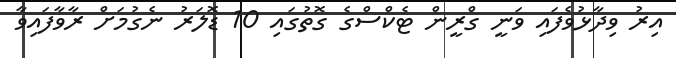
އިރު ވިދާޅުވެފައި ވަނީ ގްރީން ޓެކްސްގެ ގޮތުގައި 10 ޑޮލަރު ނެގުމަށް ރާވާފައިވާ